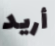
أريد